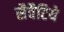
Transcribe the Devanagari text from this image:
सैवैटिये